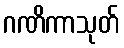
ဂဏိကာသုတ်